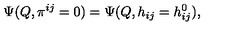
\Psi ( Q , \pi ^ { i j } = 0 ) = \Psi ( Q , h _ { i j } = h _ { i j } ^ { 0 } ) ,